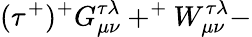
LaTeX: (\tau^{+})^{+}G_{\mu\nu}^{\tau\lambda}+^{+}W_{\mu\nu}^{\tau\lambda}-